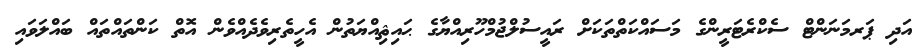
އަދި ޕަރމަނަންޓް ސެކްރެޓަރީންގެ މަސައްކަތްތަކަށް ރައީސުލްޖުމްހޫރިއްޔާގެ ޙައިޘިއްޔަތުން އެހީތެރިވެދެއްވެން އޮތް ކަންތައްތައް ބައްލަވައި